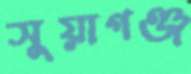
সুয়াগঞ্জ